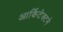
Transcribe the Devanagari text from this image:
आर्किटेक्‍टने